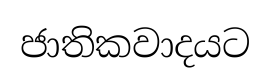
ජාතිකවාදයට